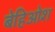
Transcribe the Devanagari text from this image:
बेहिओश